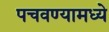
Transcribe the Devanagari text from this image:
पचवण्यामध्ये